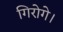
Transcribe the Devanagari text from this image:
गिरोगे।